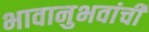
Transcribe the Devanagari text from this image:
भावानुभवांची